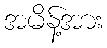
အမိန့်အား